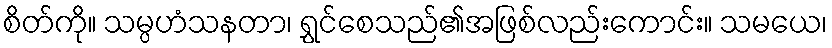
စိတ်ကို။ သမ္ပဟံသနတာ၊ ရွှင်စေသည်၏အဖြစ်လည်းကောင်း။ သမယေ၊